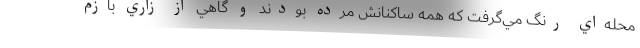
محله‌اي رنگ مي‌گرفت كه همه ساكنانش مرده بودند و گاهي از زاري بازم